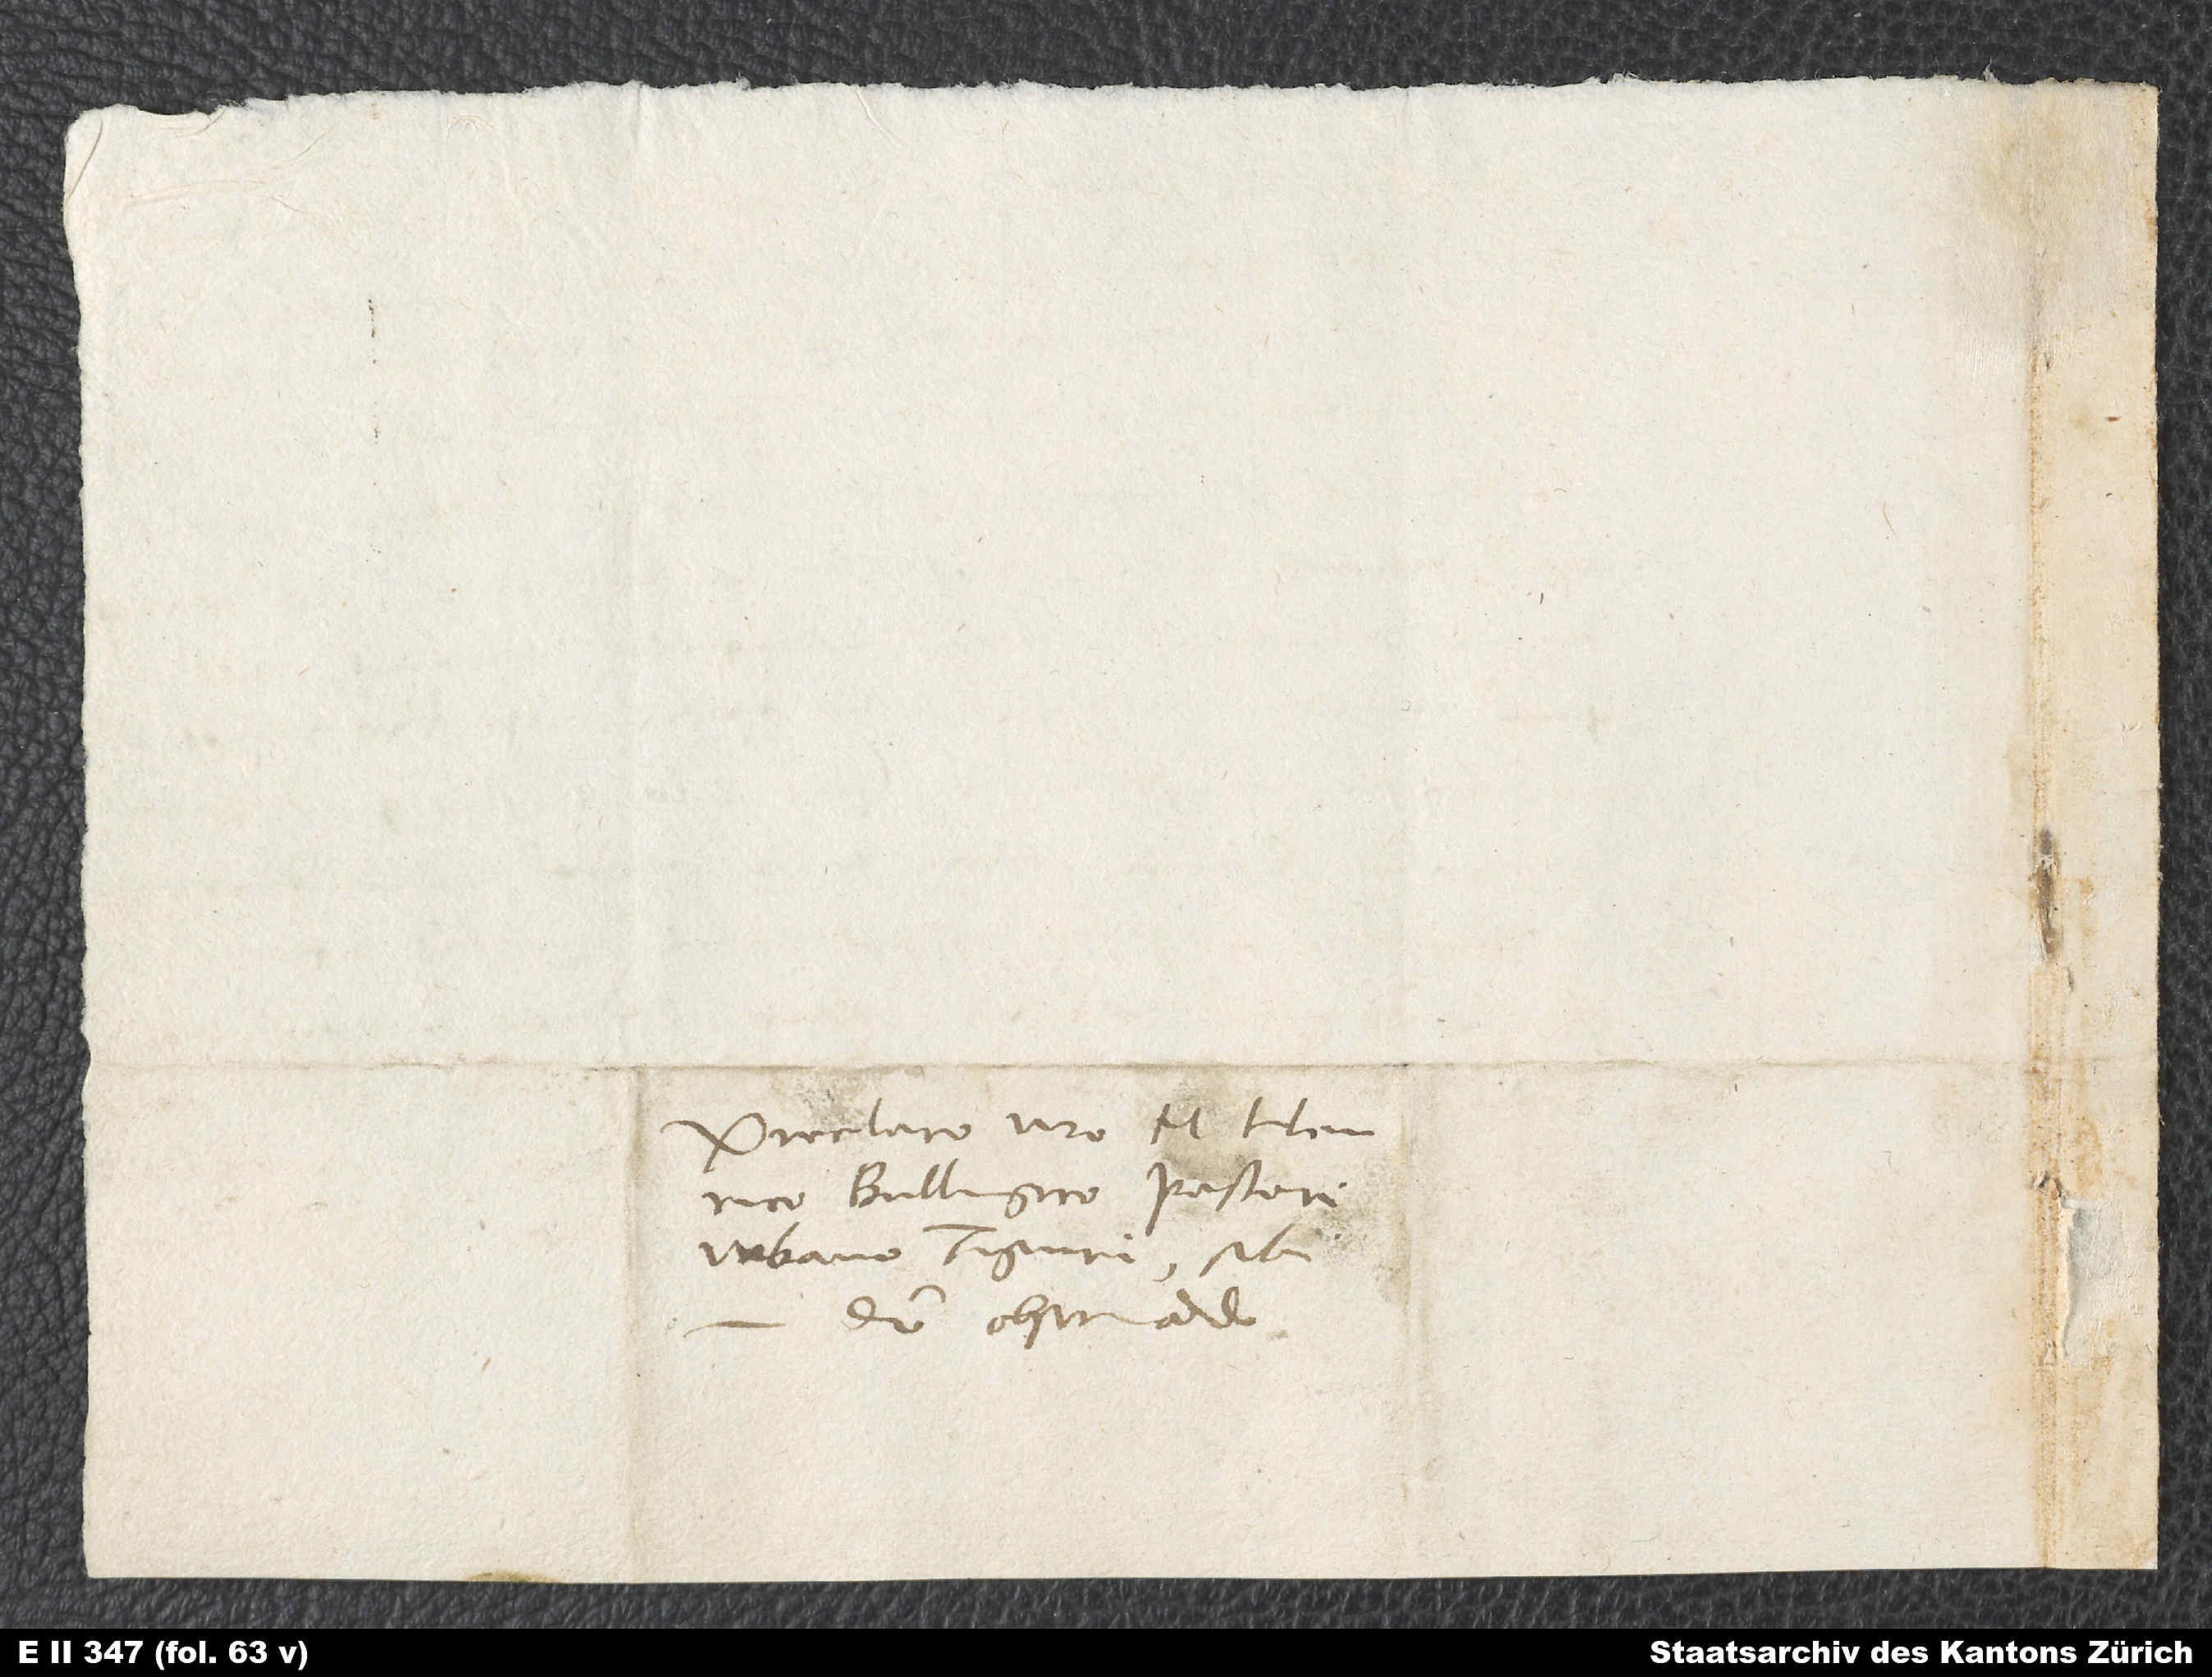
Preclaro viro M. Henrico
Bullingero, pastori
urbano Tiguri, sibi
domino observando.